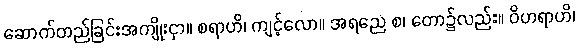
ဆောက်တည်ခြင်းအကျိုးငှာ။ စရာဟိ၊ ကျင့်လော။ အရညေ စ၊ တော၌လည်း။ ဝိဟရာဟိ၊